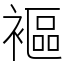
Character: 䙔